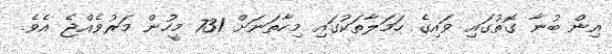
އިން ބުނާ ގޮތުގައި ވައިގެ ހަމަލާތަކުގައި މިހާތަނަށް 731 މީހުން މަރުވެއްޖެ އެވެ.